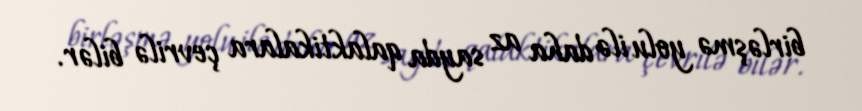
birləşmə yolu ilə daha az sayda qalaktikalara çevrilə bilər.